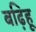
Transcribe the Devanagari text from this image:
बढ़िहू